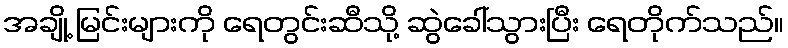
အချို့ မြင်းများကို ရေတွင်းဆီသို့ ဆွဲခေါ်သွားပြီး ရေတိုက်သည်။